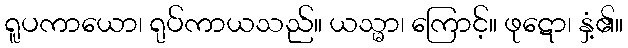
ရူပကာယော၊ ရုပ်ကာယသည်။ ယသ္မာ၊ ကြောင့်။ ဖုဋော၊ နှံ့၏။